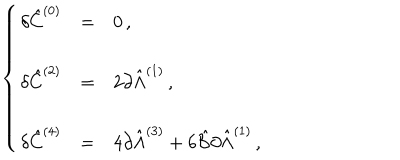
LaTeX: \left\{ \begin{array} { r c l } { { \delta \hat { C } ^ { ( 0 ) } } } & { { = } } & { { 0 \, , } } \\ { { } } & { { } } & { { } } \\ { { \delta \hat { C } ^ { ( 2 ) } } } & { { = } } & { { 2 \partial \hat { \Lambda } ^ { ( 1 ) } \, , } } \\ { { } } & { { } } & { { } } \\ { { \delta \hat { C } ^ { ( 4 ) } } } & { { = } } & { { 4 \partial \hat { \Lambda } ^ { ( 3 ) } + 6 \hat { \cal B } \partial \hat { \Lambda } ^ { ( 1 ) } \, , } } \\ \end{array} \right.